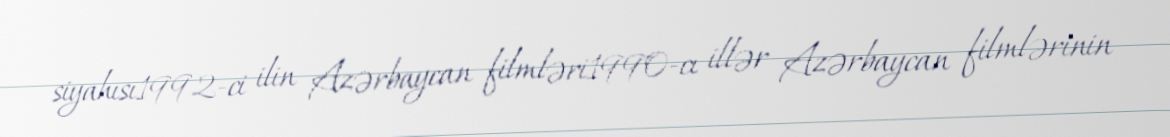
siyahısı1992-ci ilin Azərbaycan filmləri1990-cı illər Azərbaycan filmlərinin